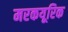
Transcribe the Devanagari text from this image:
मरकयूरिक